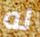
له